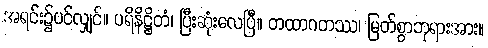
အရင်း၌ပင်လျှင်။ ပရိနိဋ္ဌိတံ၊ ပြီးဆုံးလေပြီ။ တထာဂတဿ၊ မြတ်စွာဘုရားအား။